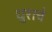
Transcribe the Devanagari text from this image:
धुराचे